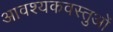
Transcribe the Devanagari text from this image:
आवश्यकवस्तुओं